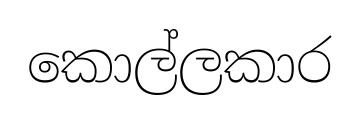
කොල්ලකාර